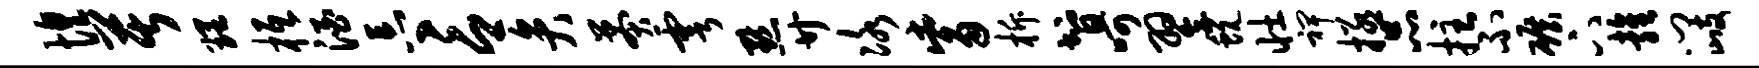
惶苦理柢酒忘言弁莽雩默廿冰觜柝智呵翌蜕壮裨拯品拄不碾下雍门歧